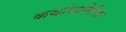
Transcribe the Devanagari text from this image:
कथांव्यतिरिक्त